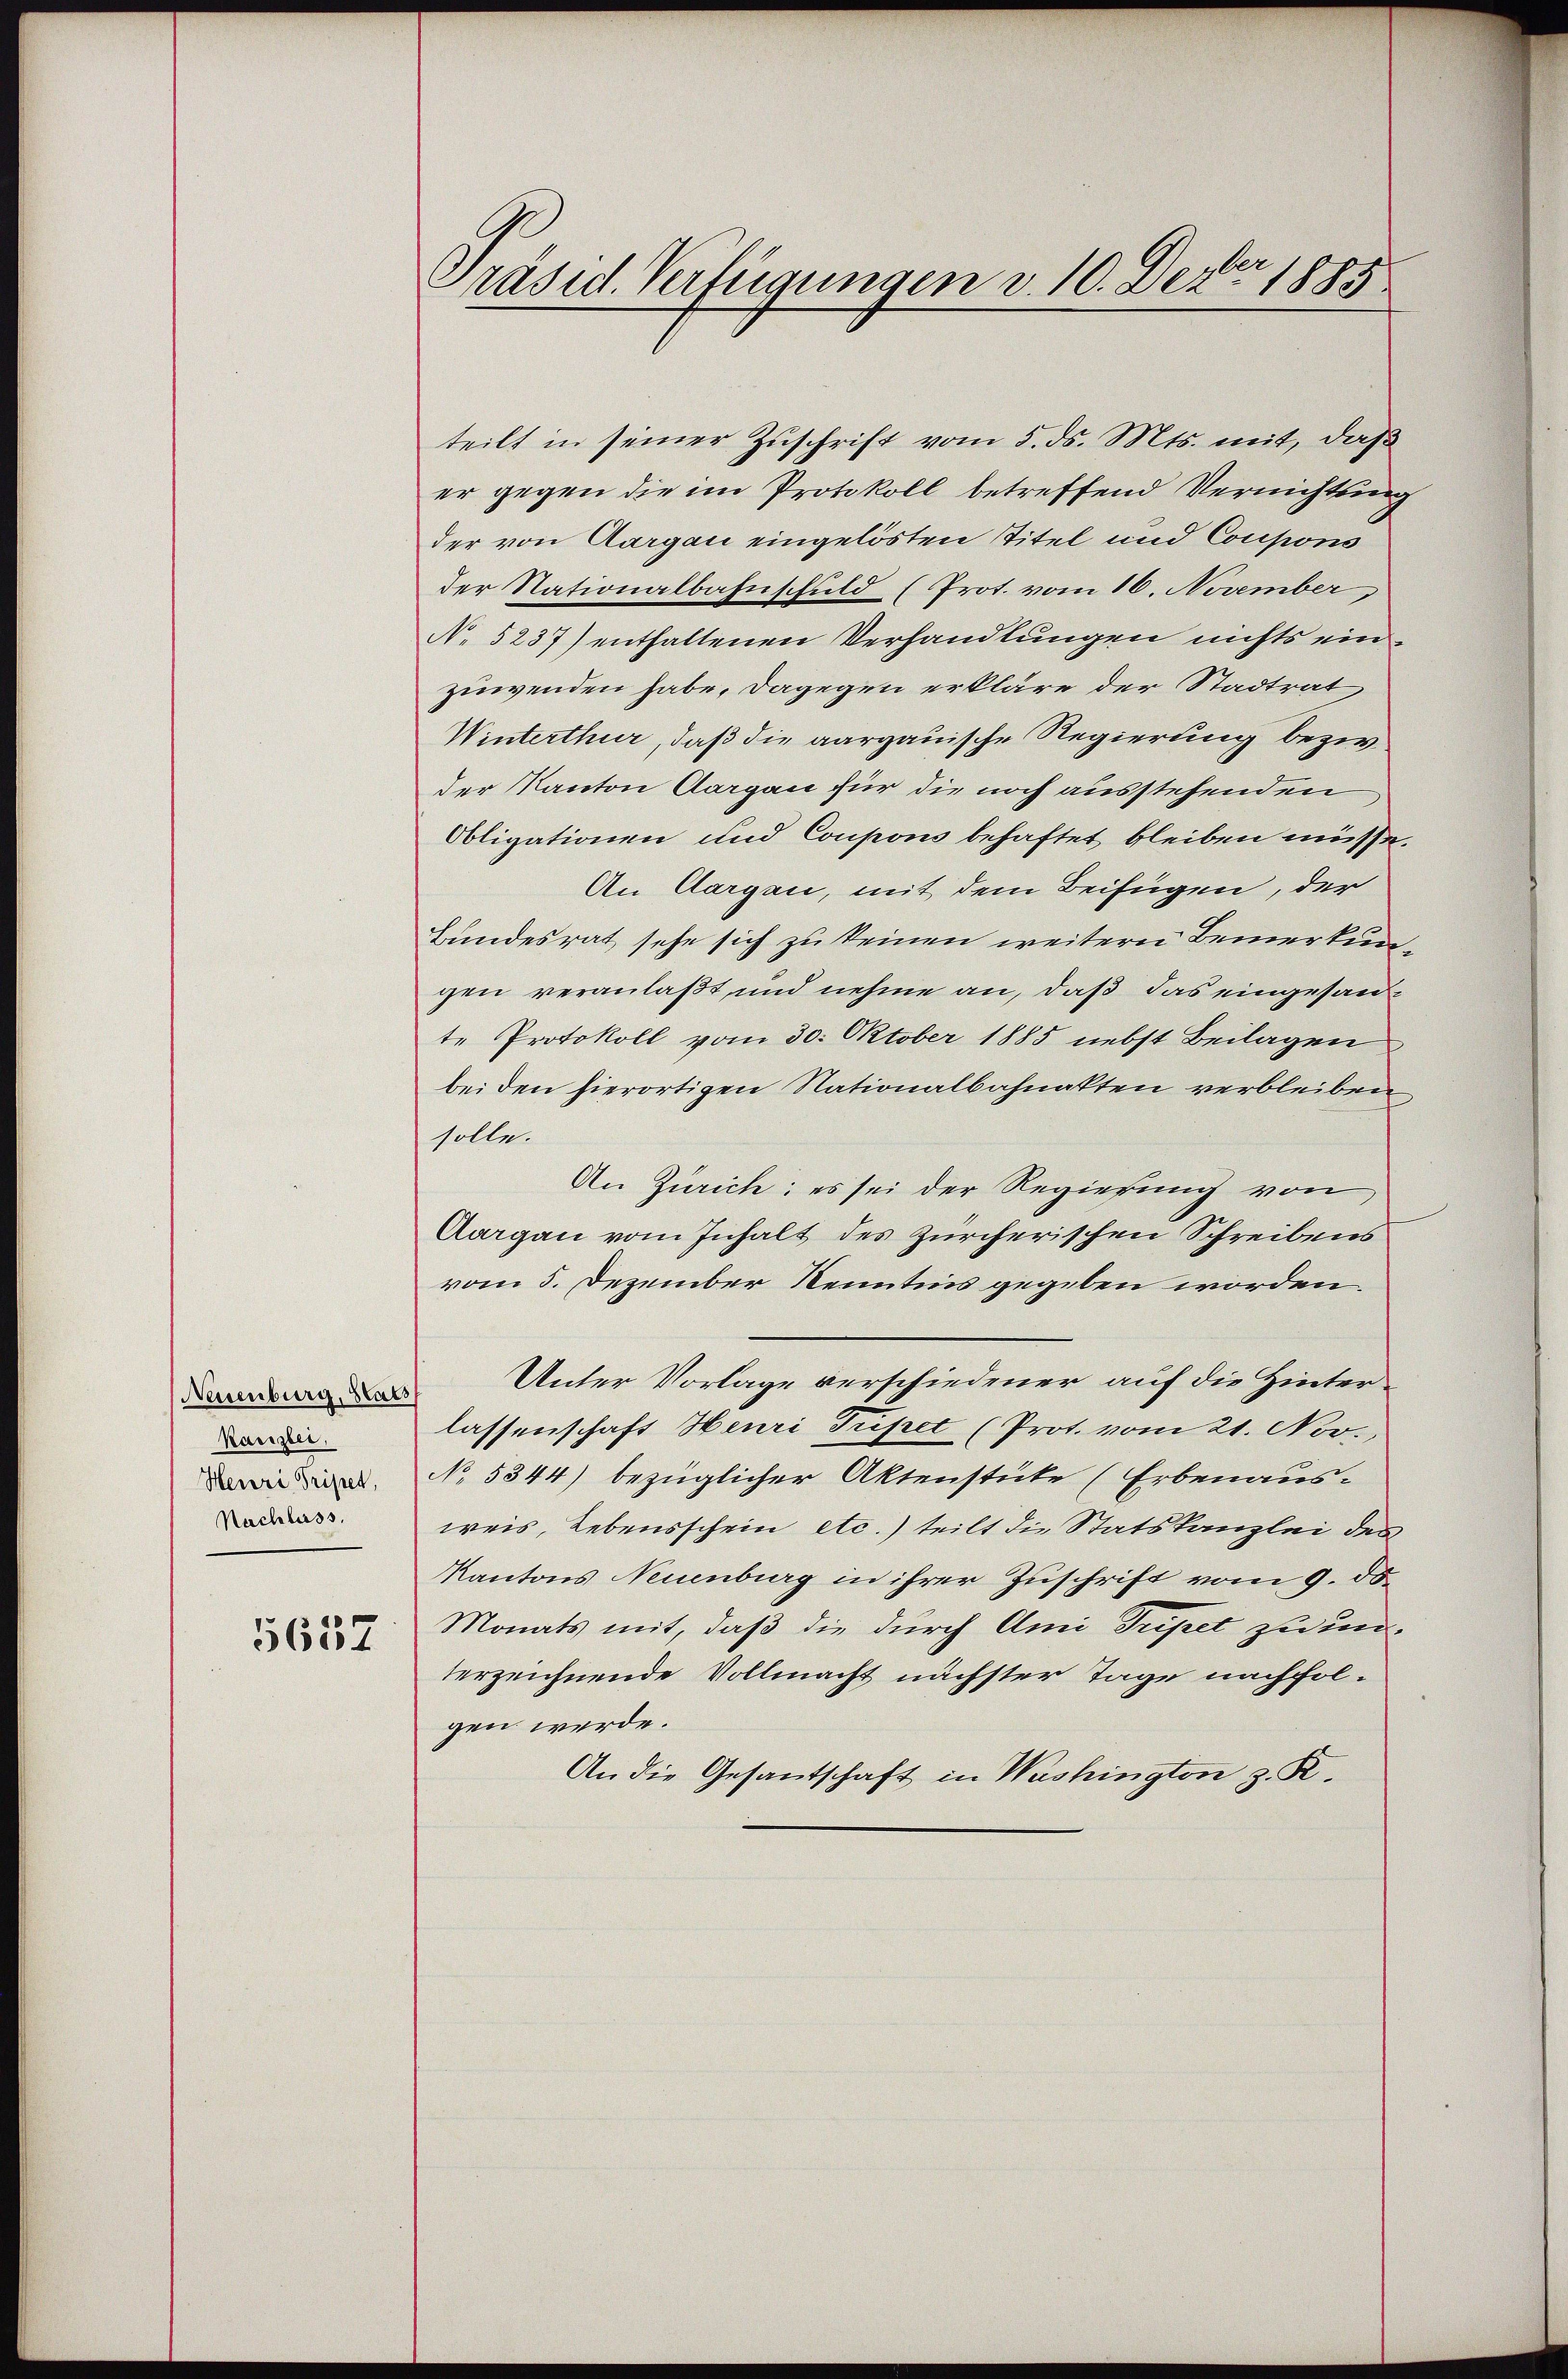
Neuenburg, Stats
Kanzlei,
Henri Tripet,
Nachlass.

5657

Präsid. Verfügungen v. 10. Dez. 1885

teilt in seiner Zuschrift vom 5. ds. Mts. mit, daß
er gegen die im Protokoll betreffend Vernichtung
der von Aargau eingelösten Titel und Coupons
der Nationalbahnschuld (Prot. vom 16. November,
N. 5237) enthaltenen Verhandlungen nichts einzuwenden habe, dagegen erkläre der Stadtrat
Winterthur, daß die aargauische Regierung bezw.
der Kanton Aargau für die noch ausstehenden
Obligationen und Coupons behaftet bleiben müsse.
An Aargau, mit dem Beifügen, der
Bundesrat, sehe sich zu keinen weitern Bemerkungen veranlaßt und nehme an, daß das eingesandte Protokoll vom 30. Oktober 1885 nebst Beilagen
bei den hierortigen Nationalbahnakten verbleiben
solle.
An Zürich: es sei der Regierung von
Aargau vom Inhalt des Zürcherischen Schreibens
vom 5. Dezember Kenntnis gegeben worden.
Unter Vorlage verschiedener auf die Hinterlassenschaft Henri Tripet (Prot. vom 21. Nov.
No. 5344) bezüglicher Aktenstüke (Erbenaus-
weis, Lebensschein etc.) teilt die Statskanzlei des
Kantons Neuenburg in ihrer Zuschrift vom 9. d.
Monats mit, daß die durch Ami Tripet zu unterzeichnende Vollmacht nächster Tage nachfolgen werde.
An die Gesantschaft in Washington z. R.